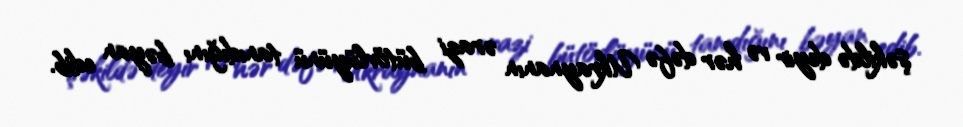
şəkildə deyir və hər dəfə Ukraynanın ərazi bütövlüyünü tanıdığını bəyan edib.